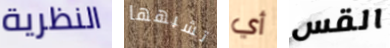
النظرية تشبهها أي القس